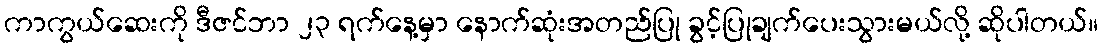
ကာကွယ်ဆေးကို ဒီဇင်ဘာ ၂၃ ရက်နေ့မှာ နောက်ဆုံးအတည်ပြု ခွင့်ပြုချက်ပေးသွားမယ်လို့ ဆိုပါတယ်။